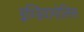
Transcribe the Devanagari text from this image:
इण्डियापोलिस